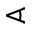
\sphericalangle